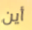
أين